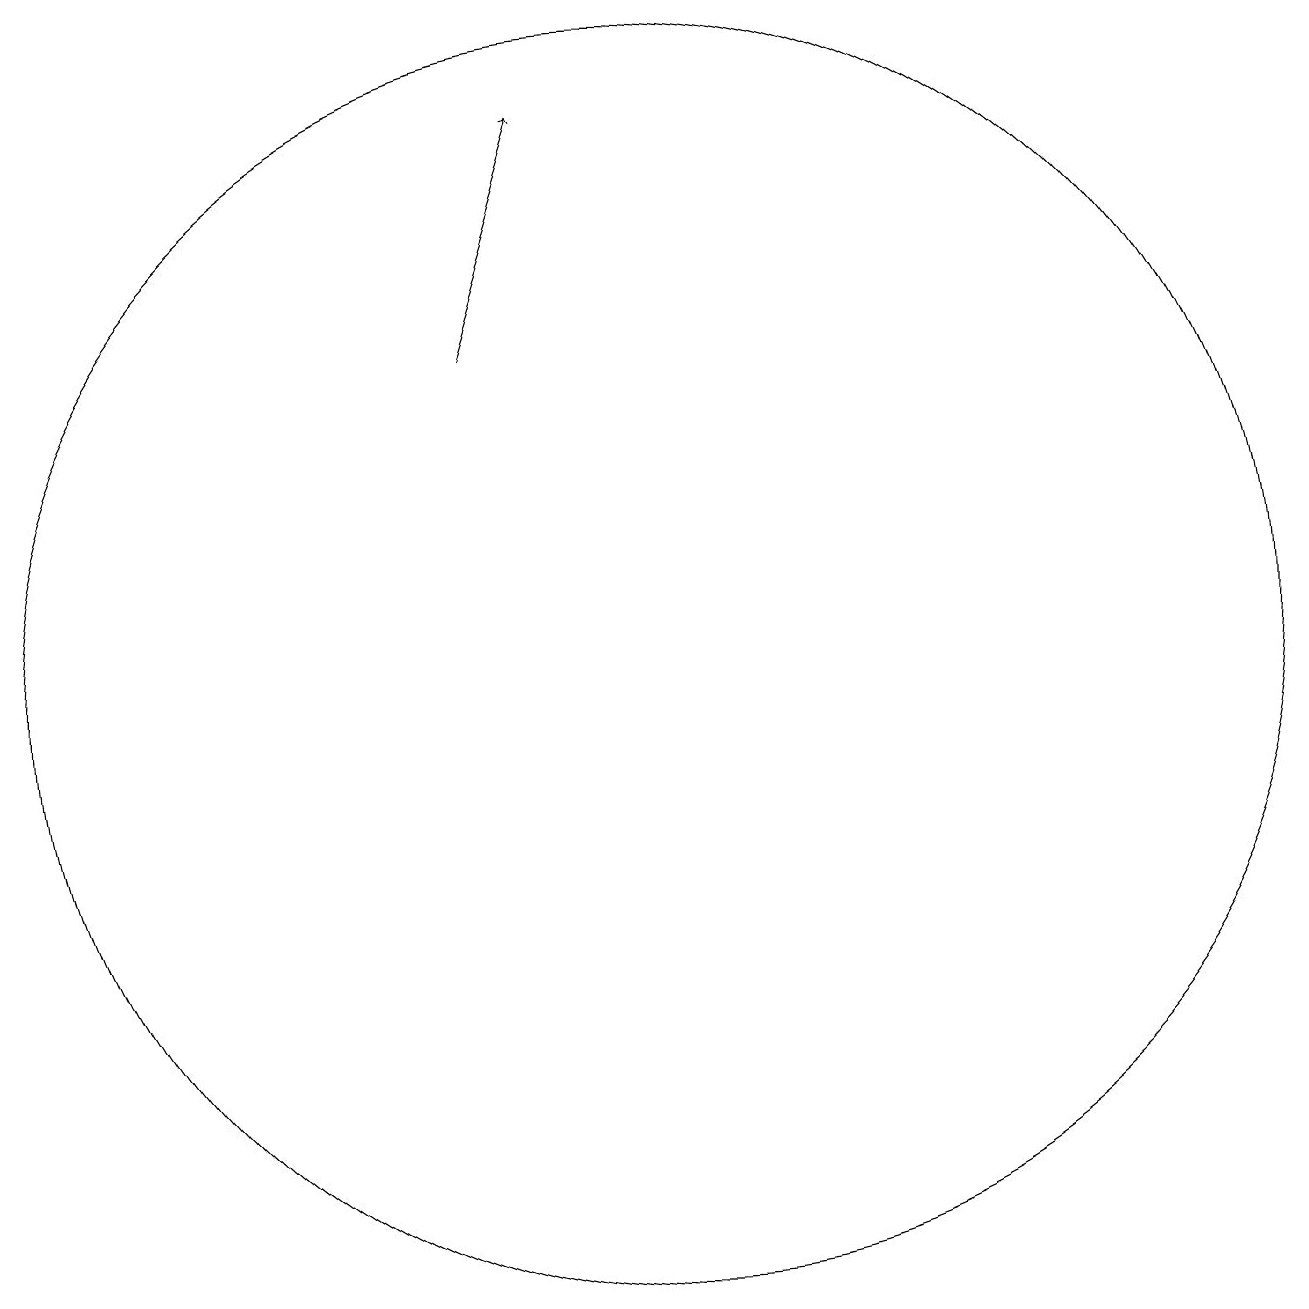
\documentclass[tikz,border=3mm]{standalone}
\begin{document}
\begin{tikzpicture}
\draw[->] (8,15) -- (9,18);
\draw (10,11) circle (8);
\draw (11,11) circle (0);
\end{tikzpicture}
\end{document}